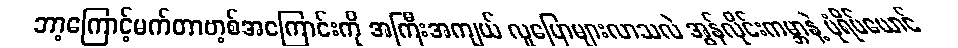
ဘာ့ကြောင့်မက်တာဗာ့စ်အကြောင်းကို အကြီးအကျယ် လူပြောများလာသလဲ အွန်လိုင်းကမ္ဘာနဲ့ ပုံရိပ်ယောင်